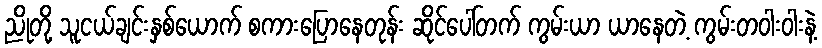
ညိုတို့ သူငယ်ချင်းနှစ်ယောက် စကားပြောနေတုန်း ဆိုင်ပေါ်တက် ကွမ်းယာ ယာနေတဲ့ ကွမ်းတဝါးဝါးနဲ့